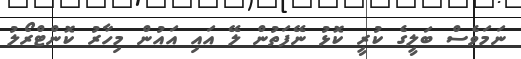
ނަމަވެސް ބަލީގެ ކުރީ ކޮޅު ނޭފަތުން ލޭ އައި އައުން މިހާރު ކޮންޓްރޯލު